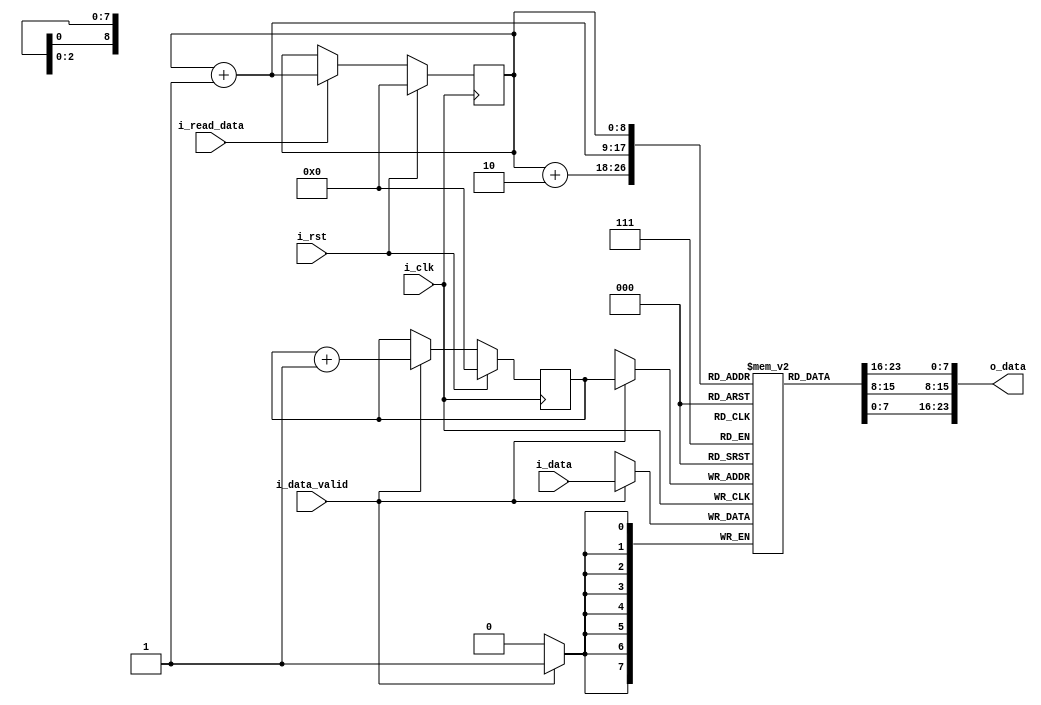
`timescale 1ns / 1ps
//////////////////////////////////////////////////////////////////////////////////
// Company: 
// Engineer: 
// 
// Design Name: 
// Module Name: linebuffer
// Project Name: Image Processing Using FPGA
// Target Devices: 
// Tool Versions: 
// Description: 
// 
// Dependencies: 
// 
// Revision:
// Revision 0.01 - File Created
// Additional Comments:
// 
//////////////////////////////////////////////////////////////////////////////////


/* Assumptions

Writing one pixel at a time from the DDR to line buffer
Image size is 512 X 512
Kernel Size 3 X 3
Each Pixel is 8 bits
Reading three pixels at a time

*/

module linebuffer(
    input i_clk, i_rst, i_data_valid, i_read_data,
    input [7:0] i_data,
    output [23 : 0] o_data
    );
    
    reg [7:0] line [511:0];   //memory where the data will be stored
    reg [8:0] write_pointer;  //it points to the location in the line buffer where data is to be stored
    reg [8:0] read_pointer;   //it points to the location in the line buffer from where data is to be read
    
    //logic for storing data at the location
    always @(posedge i_clk)
    begin
        if(i_data_valid)
            line [write_pointer] <= i_data; 
    end
    
    
    //logic for write pointer
    always @(posedge i_clk)
    begin
        if(i_rst)
            write_pointer <= 0;
        else if (i_data_valid)
            write_pointer <= write_pointer + 1;
    end
    
    //logic for reading data
    assign o_data = {line[read_pointer],line[read_pointer + 1], line[read_pointer + 2]};
    
    //logic for read pointer
    always @(posedge i_clk)
    begin
        if(i_rst)
            read_pointer <= 0;
        else if (i_read_data)
            read_pointer <= read_pointer + 1;
    end
    
endmodule